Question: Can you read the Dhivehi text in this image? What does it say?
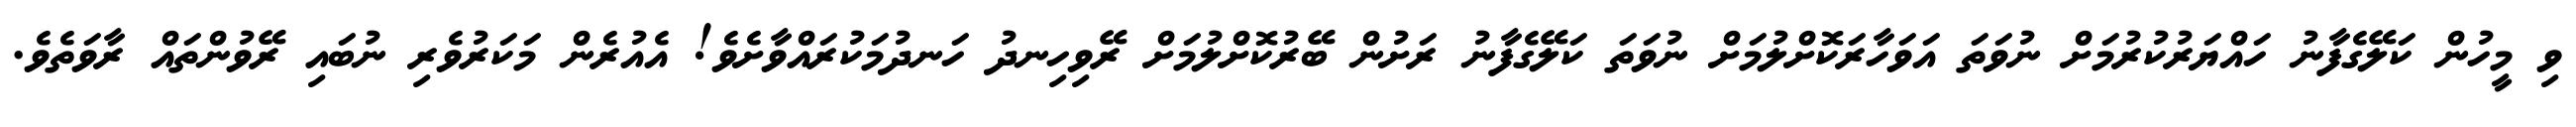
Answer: ވި މީހުން ކަލޭގެފާނު ހައްޔަރުކުރުމަށް ނުވަތަ އަވަހާރަކޮށްލުމަށް ނުވަތަ ކަލޭގެފާނު ރަށުން ބޭރުކޮށްލުމަށް ރޭވިހިނދު ހަނދުމަކުރައްވާށެވެ! އެއުރެން މަކަރުވެރި ނުބައި ރޭވުންތައް ރާވަތެވެ.